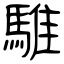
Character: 騅